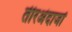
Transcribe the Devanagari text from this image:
तीरअंदाजों